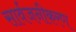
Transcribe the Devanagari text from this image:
सार्वजनीकरण